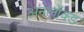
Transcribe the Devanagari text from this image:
अनलॉक्ड